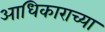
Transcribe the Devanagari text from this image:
आधिकाराच्या